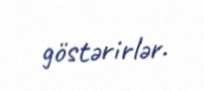
göstərirlər.